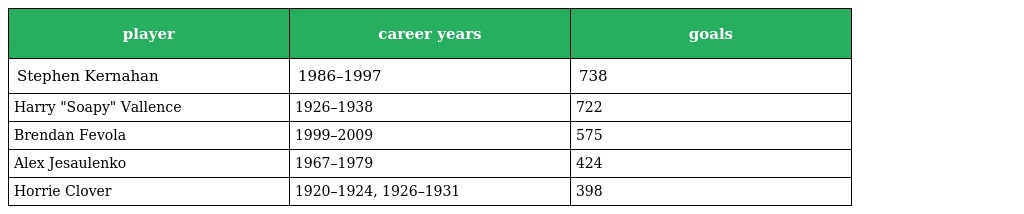
| player | career years | goals |
 | --- | --- | --- |
 | Stephen Kernahan | 1986–1997 | 738 |
 | Harry "Soapy" Vallence | 1926–1938 | 722 |
 | Brendan Fevola | 1999–2009 | 575 |
 | Alex Jesaulenko | 1967–1979 | 424 |
 | Horrie Clover | 1920–1924, 1926–1931 | 398 |